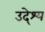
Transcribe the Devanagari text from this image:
उदे्श्य